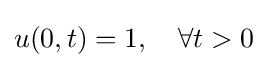
u(0,t)=1,\quad \forall t>0